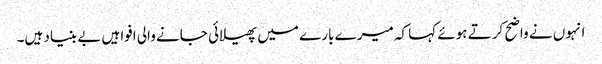
انہوں نے واضح کرتے ہوئے کہا کہ میرے بارے میں پھیلائی جانے والی افواہیں بے بنیاد ہیں۔